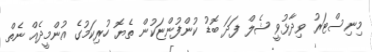
މިނިސްޓަރު ވިދާޅުވީ ޝެލް ފަދަ ބޮޑު ކުންފުންޏަކުން ތެޔޮ ހުރިކަމުގެ އުންމީދެއް ނެތް